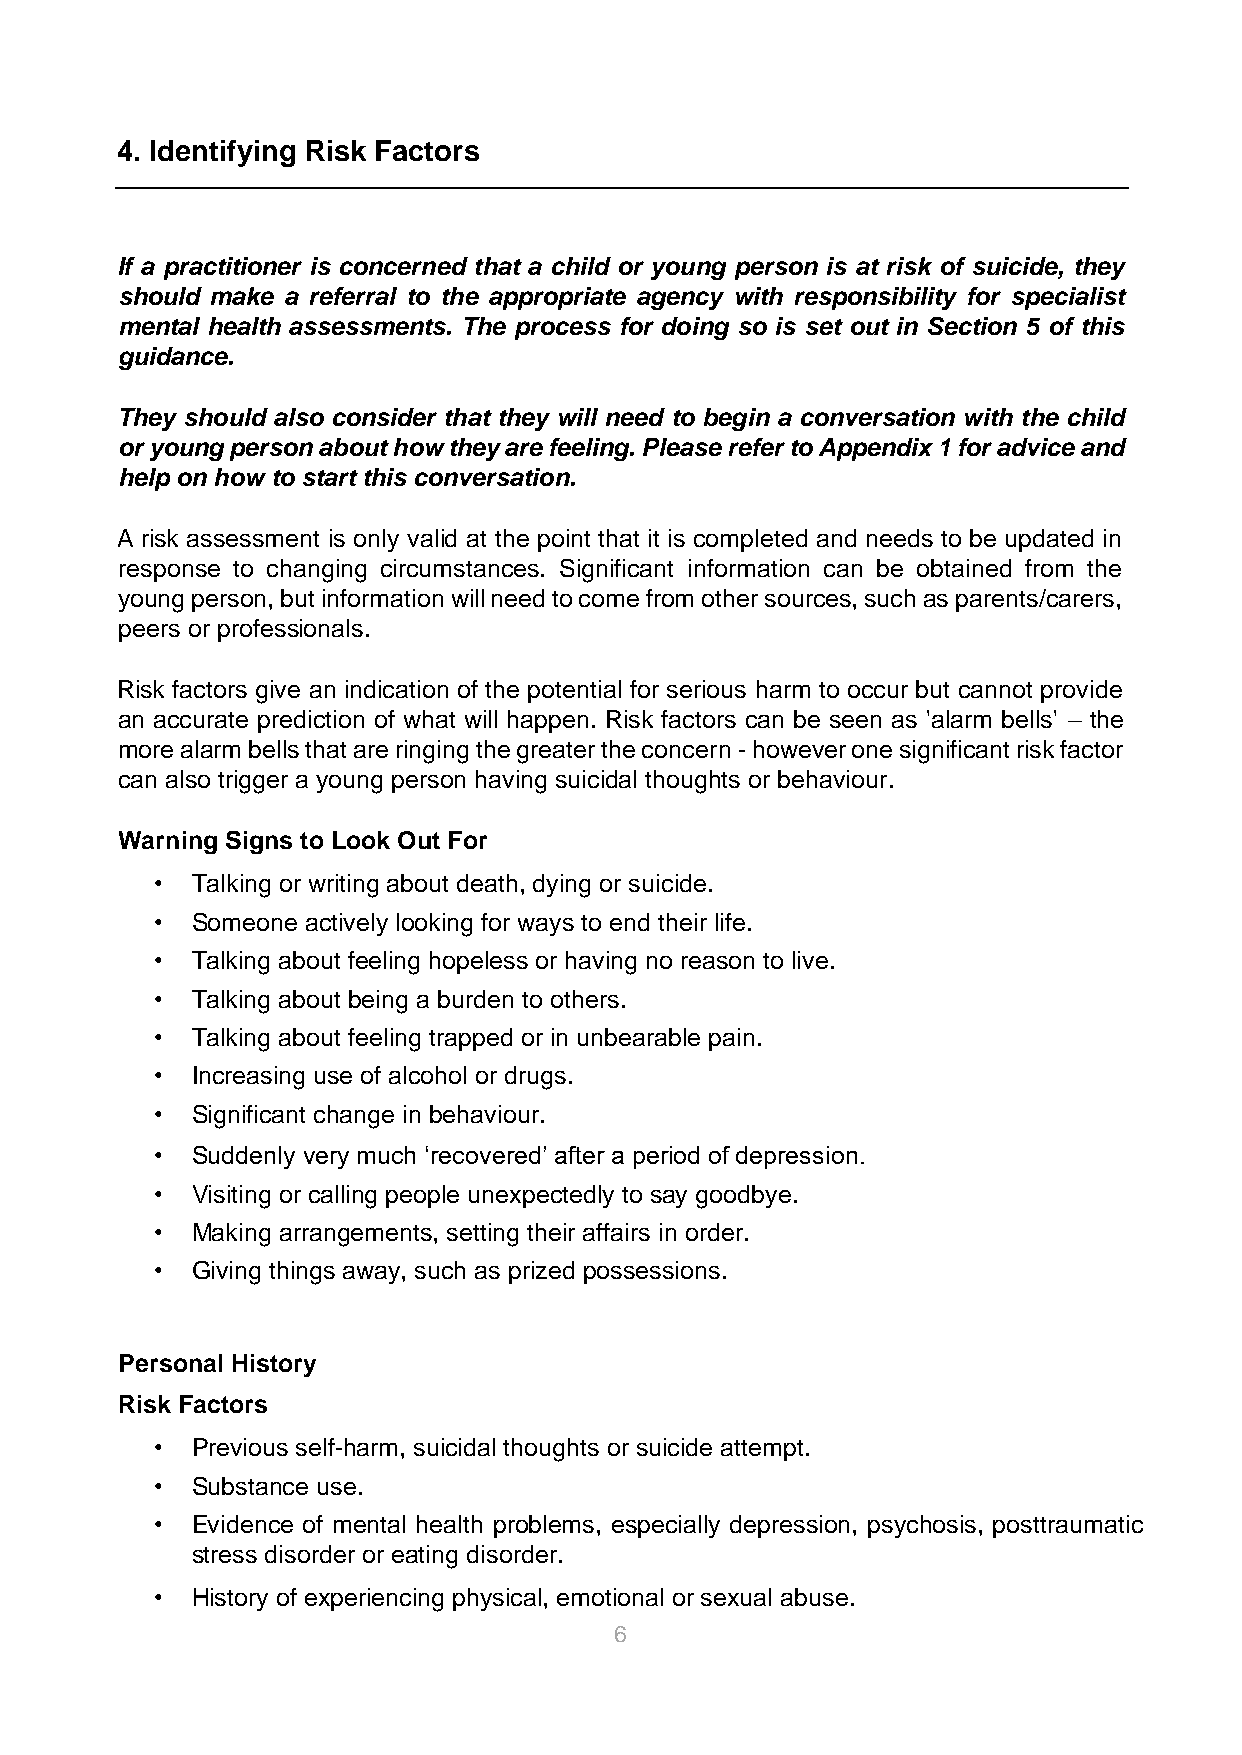
4. Identifying Risk Factors
 If a practitioner is concerned that a child or young person is at risk of suicide, they
 should make a referral to the appropriate agency with responsibility for specialist
 mental health assessments. The process for doing so is set out in Section 5 of this
 guidance.
 They should also consider that they will need to begin a conversation with the child
 or young person about how they are feeling. Please refer to Appendix 1 for advice and
 help on how to start this conversation.
 A risk assessment is only valid at the point that it is completed and needs to be updated in
 response to changing circumstances. Significant information can be obtained from the
 young person, but information will need to come from other sources, such as parents/carers,
 peers or professionals.
 Risk factors give an indication of the potential for serious harm to occur but cannot provide
 an accurate prediction of what will happen. Risk factors can be seen as 'alarm bells' – the
 more alarm bells that are ringing the greater the concern - however one significant risk factor
 can also trigger a young person having suicidal thoughts or behaviour.
 Warning Signs to Look Out For
 •  Talking or writing about death, dying or suicide.
 •  Someone actively looking for ways to end their life.
 •  Talking about feeling hopeless or having no reason to live.
 •  Talking about being a burden to others.
 •  Talking about feeling trapped or in unbearable pain.
 •  Increasing use of alcohol or drugs.
 •  Significant change in behaviour.
 •  Suddenly very much ‘recovered’ after a period of depression.
 •  Visiting or calling people unexpectedly to say goodbye.
 •  Making arrangements, setting their affairs in order.
 •  Giving things away, such as prized possessions.
 Personal History
 Risk Factors
 •  Previous self-harm, suicidal thoughts or suicide attempt.
 •  Substance use.
 •  Evidence of mental health problems, especially depression, psychosis, posttraumatic
 stress disorder or eating disorder.
 •  History of experiencing physical, emotional or sexual abuse.
 6